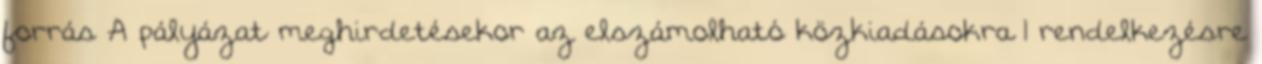
forrás A pályázat meghirdetésekor az elszámolható közkiadásokra 1 rendelkezésre